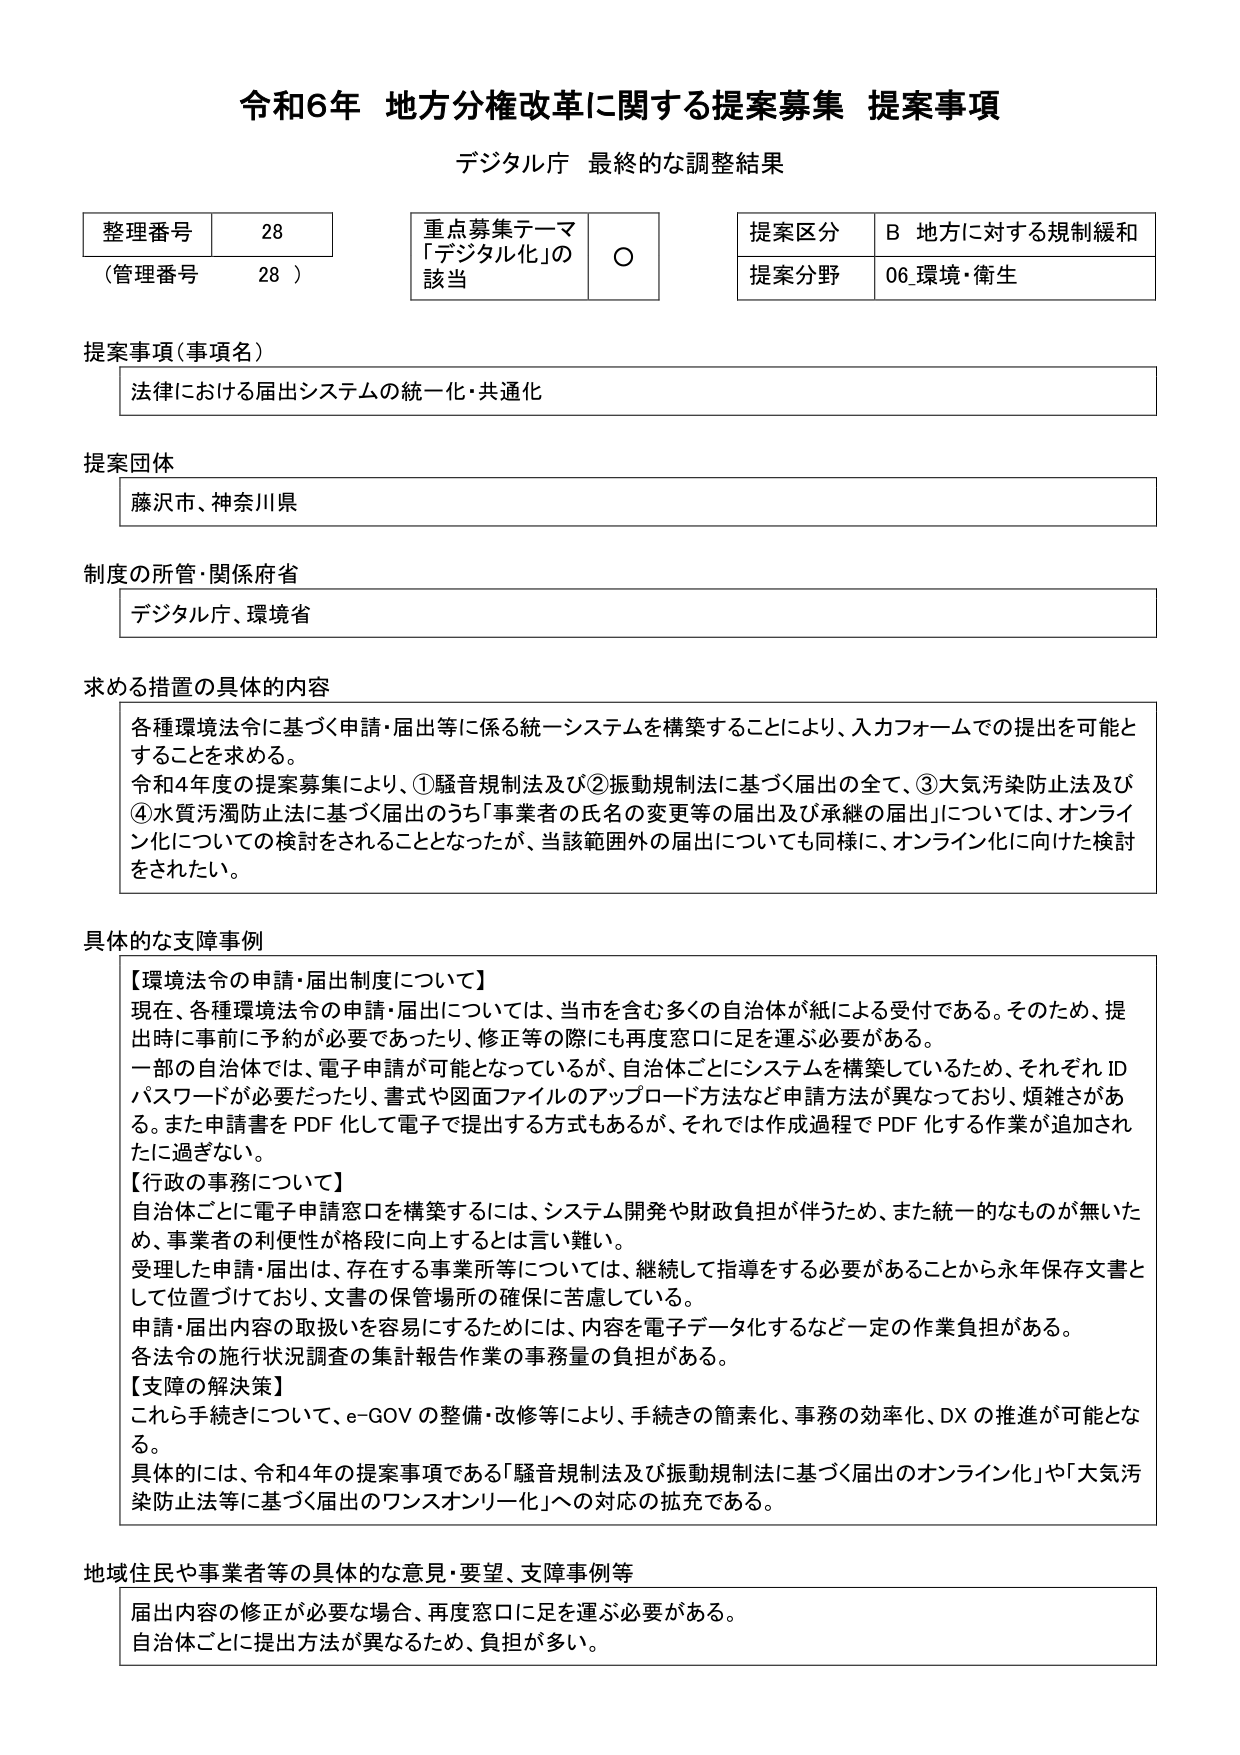
令和6年 地方分権改革に関する提案募集 提案事項
デジタル庁 最終的な調整結果

整理番号 28
（管理番号 28）

重点募集テーマ
「デジタル化」の
該当 ○

提案区分 B 地方に対する規制緩和
提案分野 06 環境・衛生

提案事項（事項名）
法律における届出システムの統一化・共通化

提案団体
藤沢市、神奈川県

制度の所管・関係府省
デジタル庁、環境省

求める措置の具体的内容
各種環境法令に基づく申請・届出等に係る統一システムを構築することにより、入力フォームでの提出を可能とすることを求める。
令和4年度の提案募集により、①騒音規制法及び②振動規制法に基づく届出の全て、③大気汚染防止法及び④水質汚濁防止法に基づく届出のうち「事業者の氏名の変更等の届出及び承継の届出」については、オンライン化についての検討をされることとなったが、当該範囲外の届出についても同様に、オンライン化に向けた検討をされたい。

具体的な支障事例
【環境法令の申請・届出制度について】
現在、各種環境法令の申請・届出については、当市を含む多くの自治体が紙による受付である。そのため、提出時に事前に予約が必要であったり、修正等の際にも再度窓口に足を運ぶ必要がある。
一部の自治体では、電子申請が可能となっているが、自治体ごとにシステムを構築しているため、それぞれIDパスワードが必要だったり、書式や図面ファイルのアップロード方法など申請方法が異なっており、煩雑さがある。また申請書をPDF化して電子で提出する方式もあるが、それでは作成過程でPDF化する作業が追加されたに過ぎない。
【行政の事務について】
自治体ごとに電子申請窓口を構築するには、システム開発や財政負担が伴うため、また統一的なものが無いため、事業者の利便性が格段に向上するとは言い難い。
受理した申請・届出は、存在する事業所等については、継続して指導をする必要があることから永年保存文書として位置づけており、文書の保管場所の確保に苦慮している。
申請・届出内容の取扱いを容易にするためには、内容を電子データ化するなど一定の作業負担がある。
各法令の施行状況調査の集計報告作業の事務量の負担がある。
【支障の解決策】
これら手続きについて、e-GOVの整備・改修等により、手続きの簡素化、事務の効率化、DXの推進が可能となる。
具体的には、令和4年の提案事項である「騒音規制法及び振動規制法に基づく届出のオンライン化」や「大気汚染防止法等に基づく届出のワンストップリーリー化」への対応の拡充である。

地域住民や事業者等の具体的な意見・要望、支障事例等
届出内容の修正が必要な場合、再度窓口に足を運ぶ必要がある。
自治体ごとに提出方法が異なるため、負担が多い。